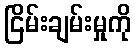
ငြိမ်းချမ်းမှုကို